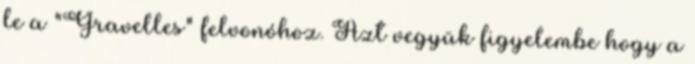
le a "Gravelles" felvonóhoz. Azt vegyük figyelembe hogy a